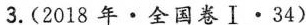
3. (2018年\cdot全国卷I\cdot34)